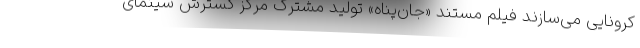
کرونایی می‌سازند فیلم مستند «جان‌پناه» تولید مشترک مرکز گسترش سینمای